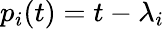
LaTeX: p_{i}(t)=t-\lambda_{i}